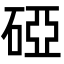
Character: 䃁